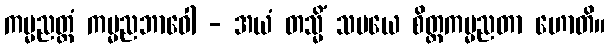
ကမ္မညတ္တံ ကမ္မညဘာဝေါ - အယံ တသ္မိံ သမယေ စိတ္တကမ္မညတာ ဟောတိ။